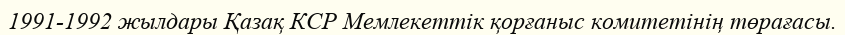
1991-1992 жылдары Қазақ КСР Мемлекеттік қорғаныс комитетінің төрағасы.